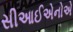
સીઆઈએનોએ